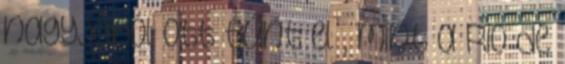
nagyjából ott tűnt el , mint a Rio de